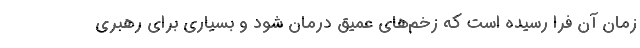
زمان آن فرا رسیده است که زخم‌های عمیق درمان شود و بسیاری برای رهبری